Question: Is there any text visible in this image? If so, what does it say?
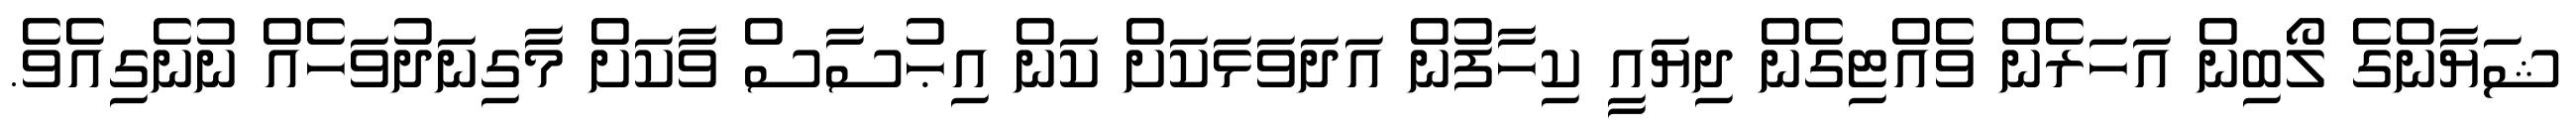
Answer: ޝަޔާންގެ ލޯބިން އަހަރެން ވެއްޓިގެން ދިޔައީ ކިހާފުން އަދަވަޅަކަށް ކަން އިޙުސާސް ވާކަށް މާގިނަދުވަހެއް ނުނެގިއެވެ.